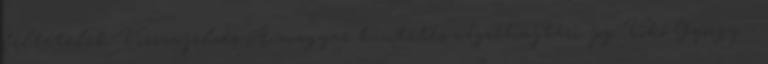
feltételek Visszajelzés A magyar büntetés-végrehajtási jog Vókó György -